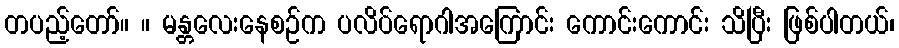
တပည့်တော်။ ။ မန္တလေးနေစဉ်က ပလိပ်ရောဂါအကြောင်း ကောင်းကောင်း သိပြီး ဖြစ်ပါတယ်၊